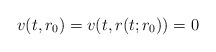
\begin{align*}v(t,r_{0})=v(t,r(t;r_{0}))=0\end{align*}